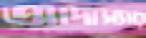
আদাস্যার